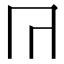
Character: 𭁟